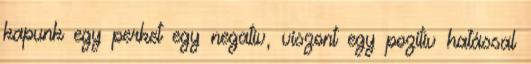
kapunk egy perket egy negatív, viszont egy pozitív hatással